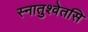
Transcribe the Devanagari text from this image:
स्नातुश्वेतसि